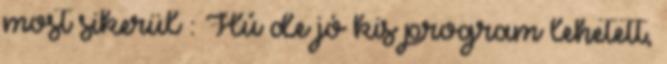
most sikerül : Hú de jó kis program lehetett,